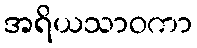
အရိယသာဝကာ